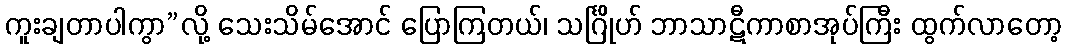
ကူးချတာပါကွာ”လို့ သေးသိမ်အောင် ပြောကြတယ်၊ သင်္ဂြိုဟ် ဘာသာဋီကာစာအုပ်ကြီး ထွက်လာတော့